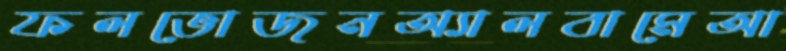
ফলভোজনঅ্যালবামেআ